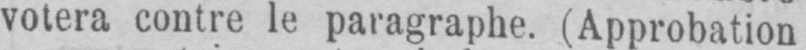
votera contre le paragraphe. (Approbation